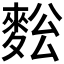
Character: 𪌥